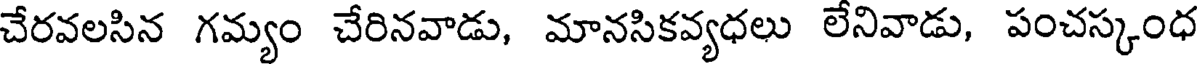
చేరవలసిన గమ్యం చేరినవాడు, మానసికవ్యధలు లేనివాడు, పంచస్కంధ